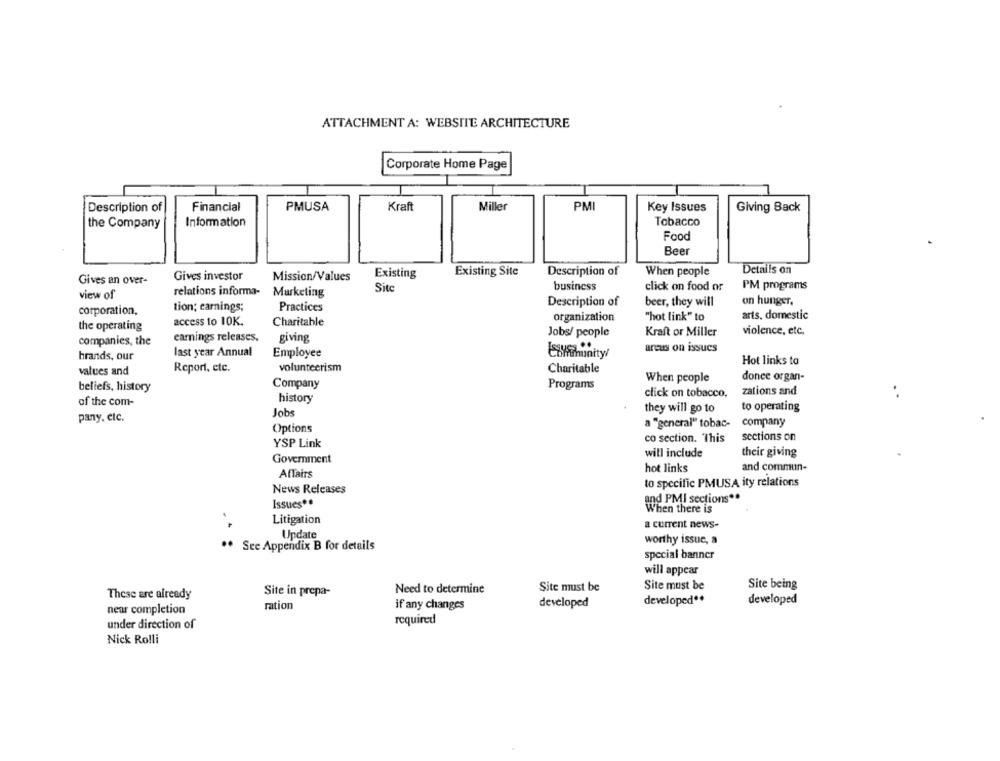
ATTACHMENT A: WEBSITE ARCHITECTURE
Corporate Home Page
PMI
Description of
Financial
PMUSA
Kraft
Miller
Key Issues
Giving Back
the Company
Information
Tobacco
Food
Beer
Existing
Existing Site
Description of
When people
Details on
Gives an over-
Gives investor
Mission/Values
Site
business
click on food or
PM programs
view of
relations informa- Marketing
Description of
beer, they will
on hunger,
corporation,
tion; earnings;
Practices
organization
"hot link" to
arts, domestic
the operating
access to 10K.
Charitable
Jobs/ people
Kraft or Miller
violence, etc.
companies, the
earnings releases.
giving
areas on issues
brands, our
last year Annual
Employee
Coffinunity/
Hot links to
values and
Report, etc.
volunteerism
Charitable
When people
donee organ-
beliefs, history
Company
Programs
click on tobacco,
zations and
of the com-
history
they will go to
to operating
pany, etc.
Jobs
a "general" tobac-
company
Options
co section. This
sections on
YSP Link
will include
their giving
Government
Affairs
hot links
and commun-
to specific PMUSA ity relations
News Releases
and PMI sections **
Issues **
When there is
Litigation
a current news-
Update
worthy issue, a
See Appendix B for details
special banner
will appear
Site must be
Site being
Site in prepa-
Need to determine
Site must be
These are already
developed **
developed
near completion
ration
if any changes
developed
under direction of
required
Nick Rolli